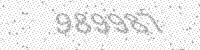
Solution: 989987